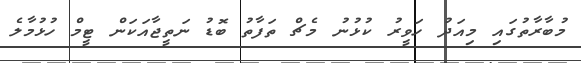
މުބާރާތުގައި މިއަދު ހަވީރު ކުޅުނު މެޗް ތަފާތު ބޮޑު ނަތީޖާއަކަން ޓީމް ހުޅުމާލެ